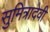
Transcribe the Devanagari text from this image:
सुमित्रादेवी